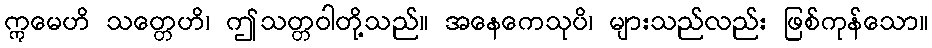
ဣမေဟိ သတ္တေဟိ၊ ဤသတ္တဝါတို့သည်။ အနေကေသုပိ၊ များသည်လည်း ဖြစ်ကုန်သော။